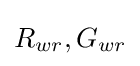
R_{wr},G_{wr}